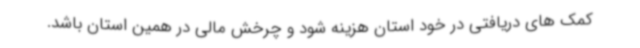
کمک های دریافتی در خود استان هزینه شود و چرخش مالی در همین استان باشد.